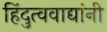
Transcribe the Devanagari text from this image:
हिंदुत्ववाद्यांनी